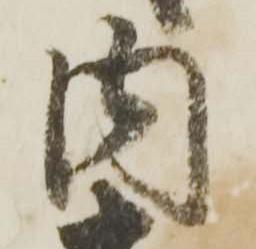
内